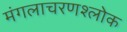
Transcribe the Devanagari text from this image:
मंगलाचरणश्लोक